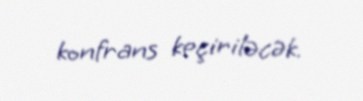
konfrans keçiriləcək.